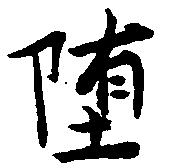
堕